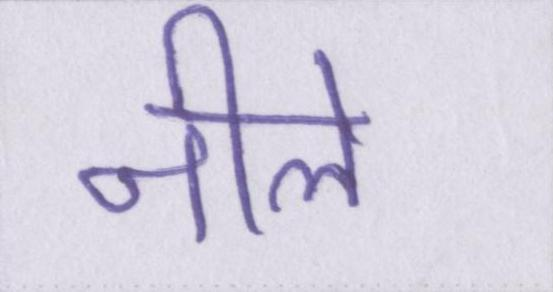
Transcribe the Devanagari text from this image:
नीले